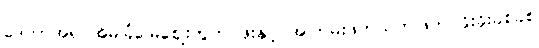
ဒေတာအရ အိမ်ခြံမြေဈေးကွက် ဖိုးနှင့် အကြမ်းဖက်သတ်ဖြတ် ခိုးခိုးခစ်ခစ်